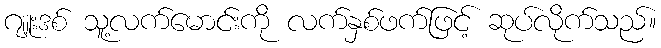
ဂျူးဒစ် သူ့လက်မောင်းကို လက်နှစ်ဖက်ဖြင့် ဆုပ်လိုက်သည်။